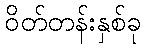
ဝိတ်တန်းနှစ်ခု